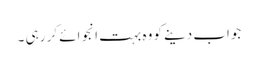
جواب دینے کو وہ بہت انجوائے کر رہی ۔